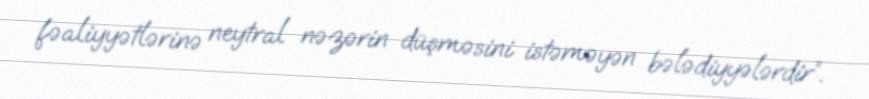
fəaliyyətlərinə neytral nəzərin düşməsini istəməyən bələdiyyələrdir”.